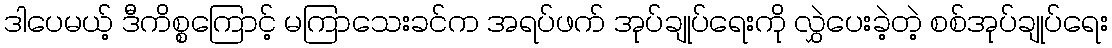
ဒါပေမယ့် ဒီကိစ္စကြောင့် မကြာသေးခင်က အရပ်ဖက် အုပ်ချုပ်ရေးကို လွှဲပေးခဲ့တဲ့ စစ်အုပ်ချုပ်ရေး